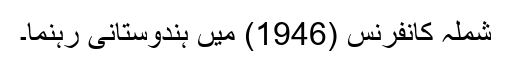
شملہ کانفرنس (1946) میں ہندوستانی رہنما۔